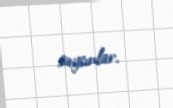
saysınlar.